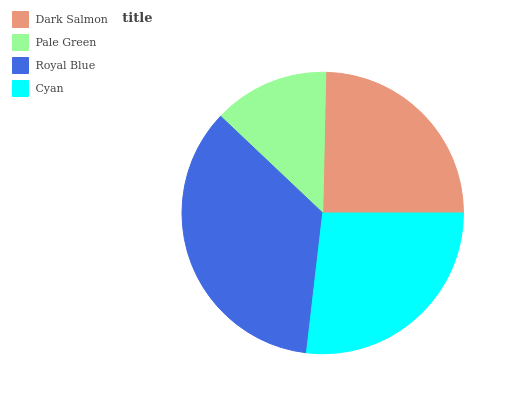
| Dark Salmon | Pale Green | Royal Blue | Cyan |
 | --- | --- | --- | --- |
 | 24.7% | 13.3% | 35.2% | 26.9% |